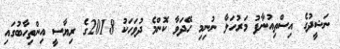
ނަޝީދުގެ އިސްތިއުނާފު މަރުހަލާ ނުނިމި ހޭދަވާ ކޮންމެ ދުވަހަކު 2018ގެ ރިޔާސީ އިންތިހާބުގައި